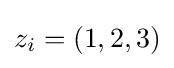
z_{i}=(1,2,3)